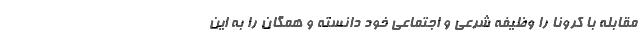
مقابله با کرونا را وظیفه شرعی و اجتماعی خود دانسته و همگان را به این